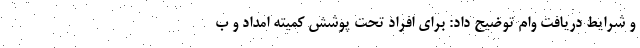
و شرایط دریافت وام توضیح داد: برای افراد تحت پوشش کمیته امداد و ب